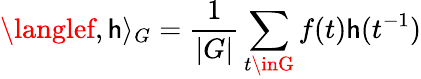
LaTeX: \langlef,\mathsf{h}\rangle_{G}={\frac{{1}}{{|G|}}}\sum_{t\inG}f(t)\mathsf{h}(t^{-1})